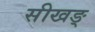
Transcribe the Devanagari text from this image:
सीखङ्